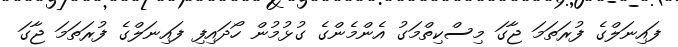
ފައިނަލްގެ ފުރަތަމަ ޖާގަ މިސްކިތްމަގު އެންމެންގެ ގުޅުމުން ހޯދައިފި ފައިނަލްގެ ފުރަތަމަ ޖާގަ